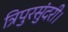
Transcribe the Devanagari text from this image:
त्रिपुरसुंदरी।